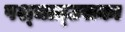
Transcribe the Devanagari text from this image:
पश्‍चात्‌उसका